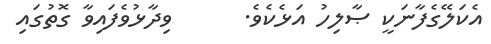
އެކަލޭގެފާނަކީ ޞާލިހު އަޅެކެވެ.      ވިދާޅުވެފައިވާ ގޮތުގައި